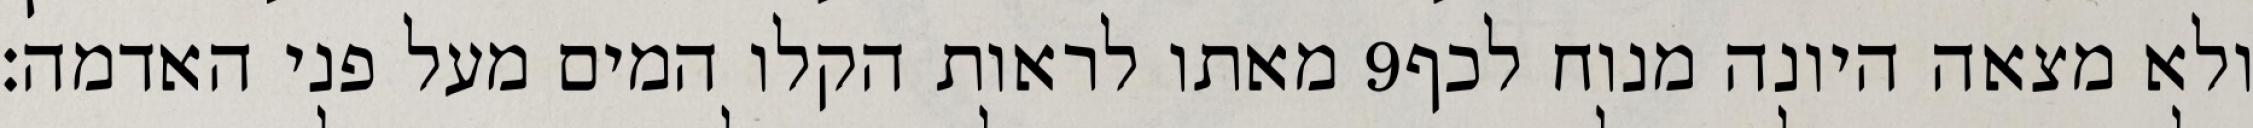
מאתו לראות הקלו המים מעל פני האדמה׃ ‎9‏ ולא מצאה היונה מנוח לכף